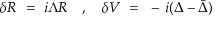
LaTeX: \delta R ~ = ~ i \Lambda R ~ ~ ~ , ~ ~ ~ \delta V ~ = ~ - \, i ( \Delta - \bar { \Delta } )